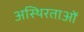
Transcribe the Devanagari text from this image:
अस्थिरताओं